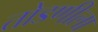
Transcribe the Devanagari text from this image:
तोडणीला